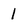
Character: 1